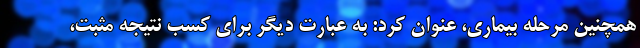
همچنین مرحله بیماری، عنوان کرد: به عبارت دیگر برای کسب نتیجه مثبت،